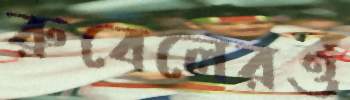
রুবেলেরও